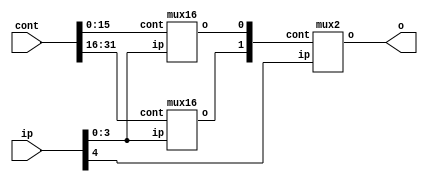
module mux32(input[31:0] cont, input[4:0]ip, output o);
	wire[1:0] t;
	mux16 mu(cont[31:16],ip[3:0],t[1]);
	mux16 md(cont[15:0],ip[3:0],t[0]);
	mux2 mf(t,ip[4],o);
endmodule

module mux16(input[15:0] cont, input[3:0] ip, output o);
	wire[1:0] t;
	mux8 mu(cont[15:8],ip[2:0],t[1]);
	mux8 md(cont[7:0],ip[2:0],t[0]);
	mux2 mf(t,ip[3],o);

endmodule

module mux8(input[7:0] cont, input[2:0] ip, output o);
	wire[1:0] t;
	mux4 mu(cont[7:4],ip[1:0],t[1]);
	mux4 md(cont[3:0],ip[1:0],t[0]);
	mux2 mf(t,ip[2],o);

endmodule

module mux4(input[3:0] cont, input[1:0] ip, output o);
	wire[1:0] t;
	mux2 mu(cont[3:2],ip[0],t[1]);
	mux2 md(cont[1:0],ip[0],t[0]);
	mux2 mf(t,ip[1],o);

endmodule

module mux2(input[1:0] cont, input ip, output o);

	and(t1,cont[1],ip);
	and(t2,cont[0],~ip);
	or(o,t1,t2);

endmodule